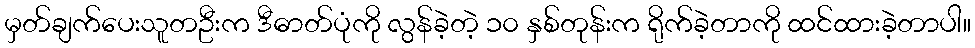
မှတ်ချက်ပေးသူတဦးက ဒီဓာတ်ပုံကို လွန်ခဲ့တဲ့ ၁၀ နှစ်တုန်းက ရိုက်ခဲ့တာကို ထင်ထားခဲ့တာပါ။